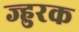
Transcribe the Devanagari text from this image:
ज्हुरक